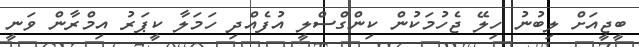
ބީޖީއަށް ލިބުނު ހިލޭ ޖެހުމަކުން ކިންގްސްލީ އުފެއްދި ހަމަލާ ކީޕަރު އިމްރާން ވަނީ